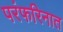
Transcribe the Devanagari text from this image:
परंफरिनात